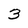
Character: 3